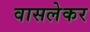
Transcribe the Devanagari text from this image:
वासलेकर